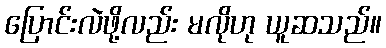
ပြောင်းလဲဖို့လည်း မလိုဟု ယူဆသည်။